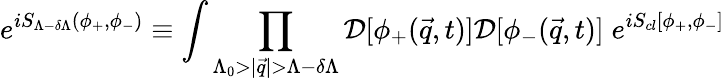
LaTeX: e^{iS_{\Lambda-\delta\Lambda}(\phi_{+},\phi_{-})}\equiv\int\prod_{\Lambda_{0}>|{\vec{q}}|>\Lambda-\delta\Lambda}{\cal D}[\phi_{+}({\vec{q}},t)]{\cal D}[\phi_{-}({\vec{q}},t)]\; e^{iS_{cl}[\phi_{+},\phi_{-}]}